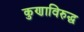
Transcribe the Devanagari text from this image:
कुणाविरुद्ध